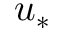
u _ { * }